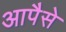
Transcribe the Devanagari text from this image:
आपैसे